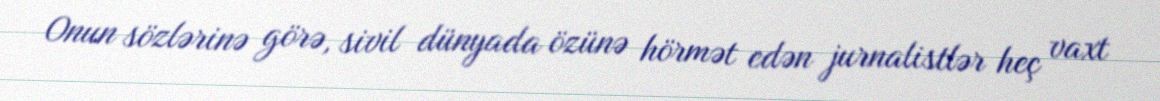
Onun sözlərinə görə, sivil dünyada özünə hörmət edən jurnalistlər heç vaxt